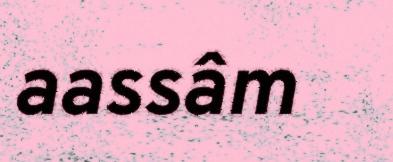
aassâm